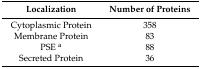
| Localization | Number of Proteins |
 | --- | --- |
 | Cytoplasmic Protein | 358 |
 | Membrane Protein | 83 |
 | PSE a | 88 |
 | Secreted Protein | 36 |